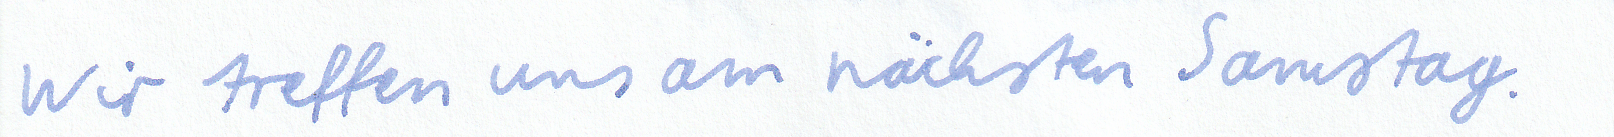
Wir treffen uns am nächsten Samstag.